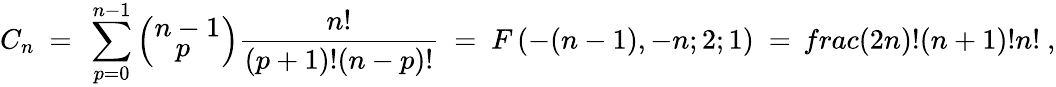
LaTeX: C_{n}\ =\ \sum_{p=0}^{n-1}\left(_{{\displaystyle\ \ \ p\ }}^{{\displaystyle n-1}}\right)\frac{n!}{(p+1)!(n-p)!}\ =\ F\left(-(n-1),-n;2;1\right)\ =\, frac{(2n)!}{(n+1)!n!}\ ,